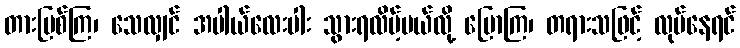
တားမြစ်ကြ၊ သေလျှင် အပါယ်လေးပါး သွားရလိမ့်မယ်လို့ ပြောကြ၊ တရားသဖြင့် လုပ်နေရင်